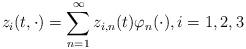
LaTeX: \begin{align*}z_i(t,\cdot)=\sum_{n=1}^\infty z_{i,n}(t) \varphi_n(\cdot), i=1,2,3 \end{align*}